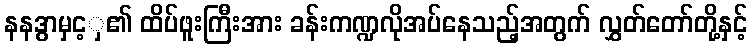
နနဒွာမှင့ှ၏ ထိပ်ဖူးကြီးအား ခန်းကဏ္ဍလိုအပ်နေသည့်အတွက် လွှတ်တော်တို့နှင့်